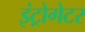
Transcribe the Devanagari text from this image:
इंट्रोगेटर